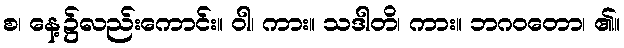
စ၊ နေ့၌လည်းကောင်း။ ဝါ၊ ကား။ သဒါတိ၊ ကား။ ဘဂဝတော၊ ၏။